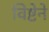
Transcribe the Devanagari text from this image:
विष्टेने